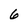
Character: 6